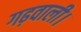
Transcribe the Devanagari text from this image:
गढ़वाली।